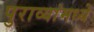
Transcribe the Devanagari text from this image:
पुराव्यांमध्ये